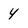
Character: 4